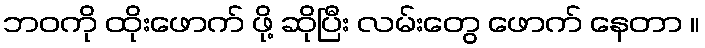
ဘဝကို ထိုးဖောက် ဖို့ ဆိုပြီး လမ်းတွေ ဖောက် နေတာ ။